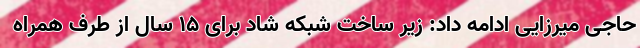
حاجی میرزایی ادامه داد: زیر ساخت شبکه شاد برای ۱۵ سال از طرف همراه